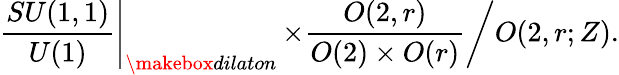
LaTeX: \left.\frac{SU(1,1)}{U(1)}\right|_{\makebox{dilaton}}\left.\times\frac{O(2,r)}{O(2)\times O(r)}\right/O(2,r;Z).